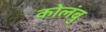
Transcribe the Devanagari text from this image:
कोलंबु